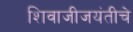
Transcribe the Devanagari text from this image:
शिवाजीजयंतीचे